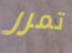
تمرر